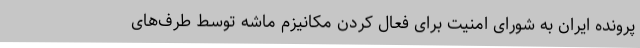
پرونده ایران به شورای امنیت برای فعال کردن مکانیزم ماشه توسط طرف‌های